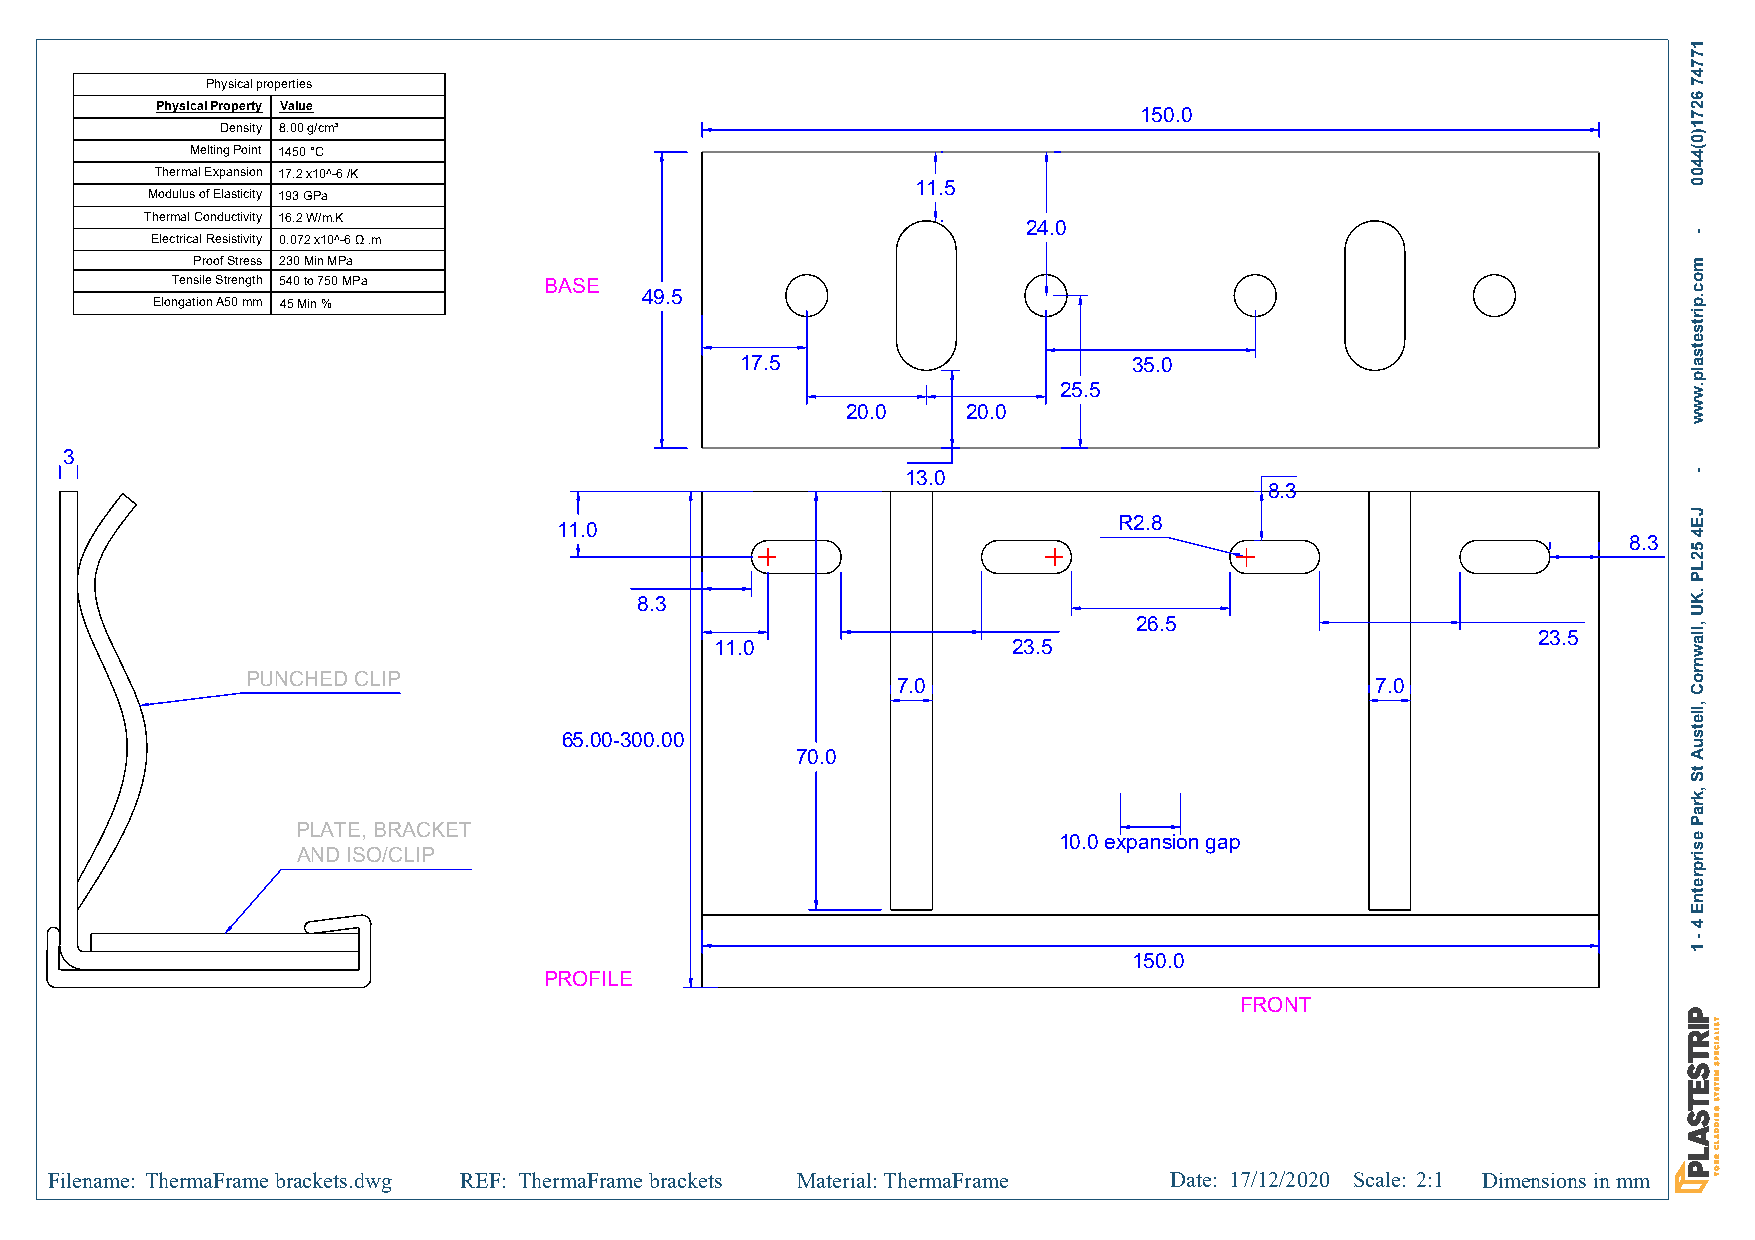
Physical properties
 Physical Property Value                                          150.0
 Density 8.00 g/cm³
 Melting Point 1450 °C
 Thermal Expansion 17.2 x10^-6 /K
 11.5
 Modulus of Elasticity 193 GPa
 Thermal Conductivity 16.2 W/m.K
 24.0
 Electrical Resistivity 0.072 x10^-6 Ω .m
 Proof Stress 230 Min MPa
 Tensile Strength 540 to 750 MPa BASE
 49.5
 Elongation A50 mm 45 Min %
 17.5                      35.0
 25.5
 20.0    20.0
 3
 13.0
 8.3
 R2.8
 11.0
 8.3
 8.3
 26.5
 23.5
 11.0                23.5
 PUNCHED CLIP
 7.0                             7.0
 65.00-300.00
 70.0
 PLATE, BRACKET
 10.0 expansion gap
 AND ISO/CLIP
 150.0
 PROFILE
 FRONT
 Filename: ThermaFrame brackets.dwg REF: ThermaFrame brackets Material: ThermaFrame Date: 17/12/2020 Scale: 2:1 Dimensions in mm
 17747
 6271)0(4400
 -
 moc.pirtsetsalp.www
 -
 JE4
 52LP
 .KU
 ,llawnroC
 ,lletsuA
 tS
 ,kraP
 esirpretnE
 4
 -
 1